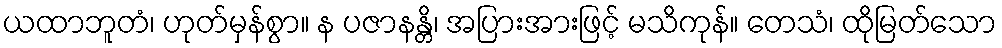
ယထာဘူတံ၊ ဟုတ်မှန်စွာ။ န ပဇာနန္တိ၊ အပြားအားဖြင့် မသိကုန်။ တေသံ၊ ထိုမြတ်သော